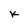
Character: K